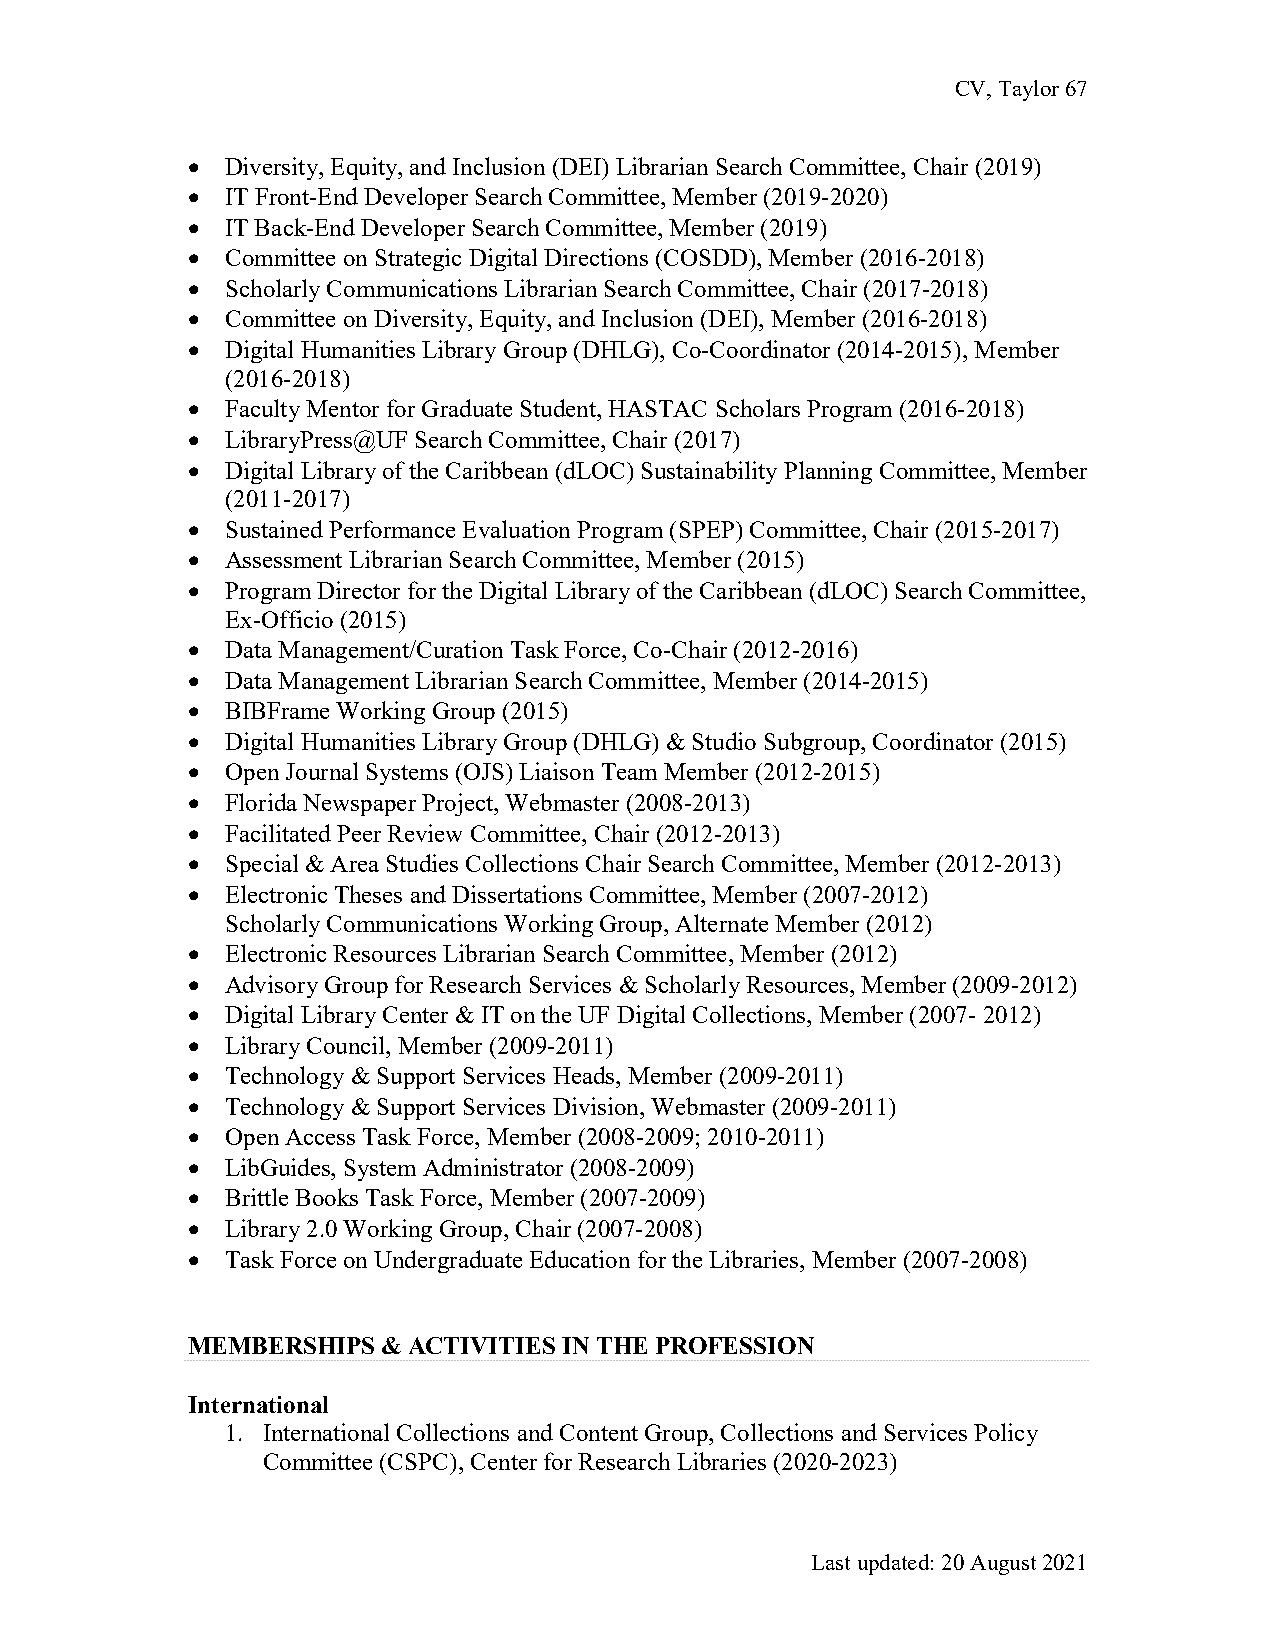
CV, Taylor 67
 •  Diversity, Equity, and Inclusion (DEI) Librarian Search Committee, Chair (2019)
 •  IT Front-End Developer Search Committee, Member (2019-2020)
 •  IT Back-End Developer Search Committee, Member (2019)
 •  Committee on Strategic Digital Directions (COSDD), Member (2016-2018)
 •  Scholarly Communications Librarian Search Committee, Chair (2017-2018)
 •  Committee on Diversity, Equity, and Inclusion (DEI), Member (2016-2018)
 •  Digital Humanities Library Group (DHLG), Co-Coordinator (2014-2015), Member
 (2016-2018)
 •  Faculty Mentor for Graduate Student, HASTAC Scholars Program (2016-2018)
 •  LibraryPress@UF Search Committee, Chair (2017)
 •  Digital Library of the Caribbean (dLOC) Sustainability Planning Committee, Member
 (2011-2017)
 •  Sustained Performance Evaluation Program (SPEP) Committee, Chair (2015-2017)
 •  Assessment Librarian Search Committee, Member (2015)
 •  Program Director for the Digital Library of the Caribbean (dLOC) Search Committee,
 Ex-Officio (2015)
 •  Data Management/Curation Task Force, Co-Chair (2012-2016)
 •  Data Management Librarian Search Committee, Member (2014-2015)
 •  BIBFrame Working Group (2015)
 •  Digital Humanities Library Group (DHLG) & Studio Subgroup, Coordinator (2015)
 •  Open Journal Systems (OJS) Liaison Team Member (2012-2015)
 •  Florida Newspaper Project, Webmaster (2008-2013)
 •  Facilitated Peer Review Committee, Chair (2012-2013)
 •  Special & Area Studies Collections Chair Search Committee, Member (2012-2013)
 •  Electronic Theses and Dissertations Committee, Member (2007-2012)
 Scholarly Communications Working Group, Alternate Member (2012)
 •  Electronic Resources Librarian Search Committee, Member (2012)
 •  Advisory Group for Research Services & Scholarly Resources, Member (2009-2012)
 •  Digital Library Center & IT on the UF Digital Collections, Member (2007- 2012)
 •  Library Council, Member (2009-2011)
 •  Technology & Support Services Heads, Member (2009-2011)
 •  Technology & Support Services Division, Webmaster (2009-2011)
 •  Open Access Task Force, Member (2008-2009; 2010-2011)
 •  LibGuides, System Administrator (2008-2009)
 •  Brittle Books Task Force, Member (2007-2009)
 •  Library 2.0 Working Group, Chair (2007-2008)
 •  Task Force on Undergraduate Education for the Libraries, Member (2007-2008)
 MEMBERSHIPS  & ACTIVITIES IN THE PROFESSION
 International
 1. International Collections and Content Group, Collections and Services Policy
 Committee (CSPC), Center for Research Libraries (2020-2023)
 Last updated: 20 August 2021